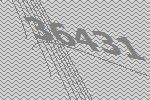
36431